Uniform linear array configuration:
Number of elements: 12
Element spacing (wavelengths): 0.75
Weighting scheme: blackman
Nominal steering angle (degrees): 15
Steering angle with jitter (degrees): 16.549
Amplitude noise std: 0.05
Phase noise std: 0.05

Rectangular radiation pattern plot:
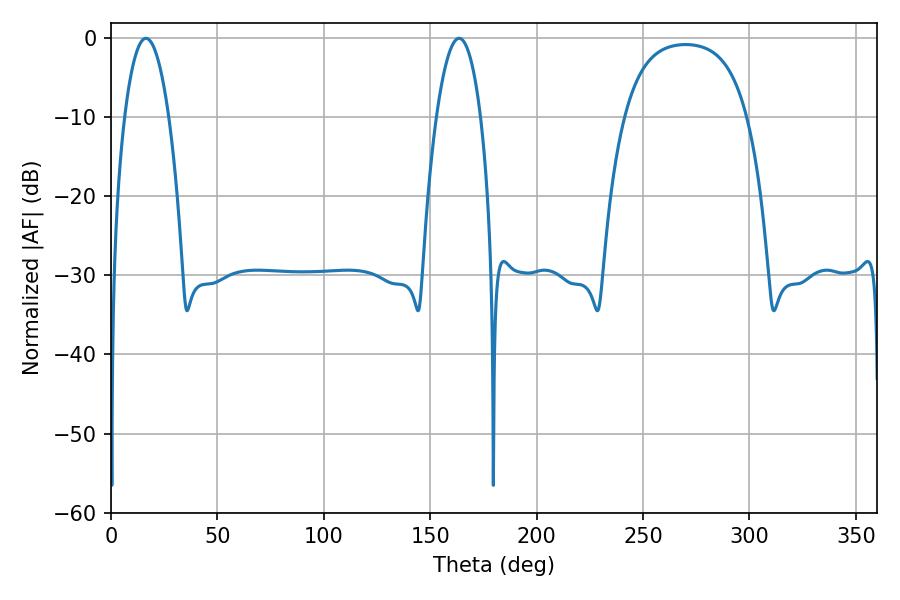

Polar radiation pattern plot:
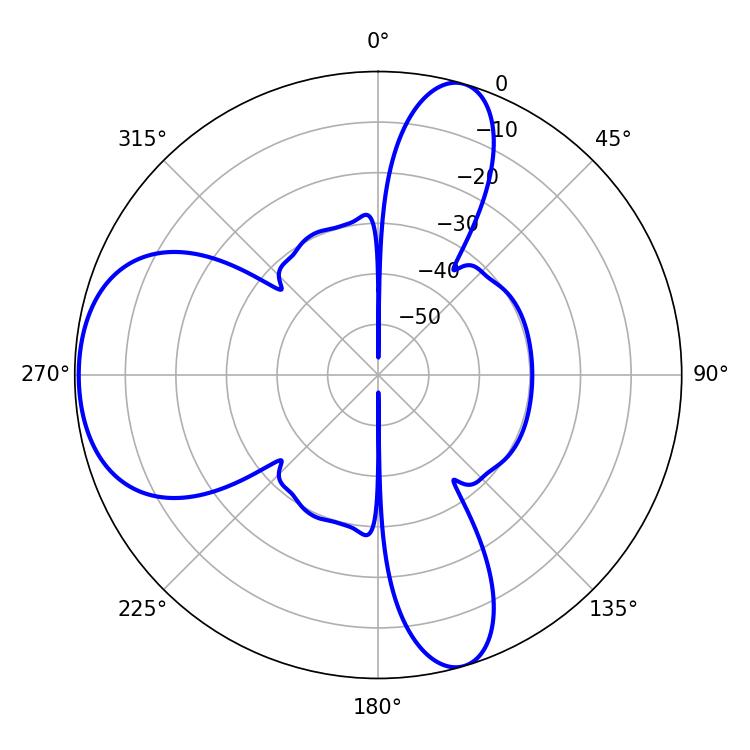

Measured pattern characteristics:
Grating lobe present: TRUE
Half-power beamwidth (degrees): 11.52
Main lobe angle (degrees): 16.38